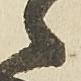
之